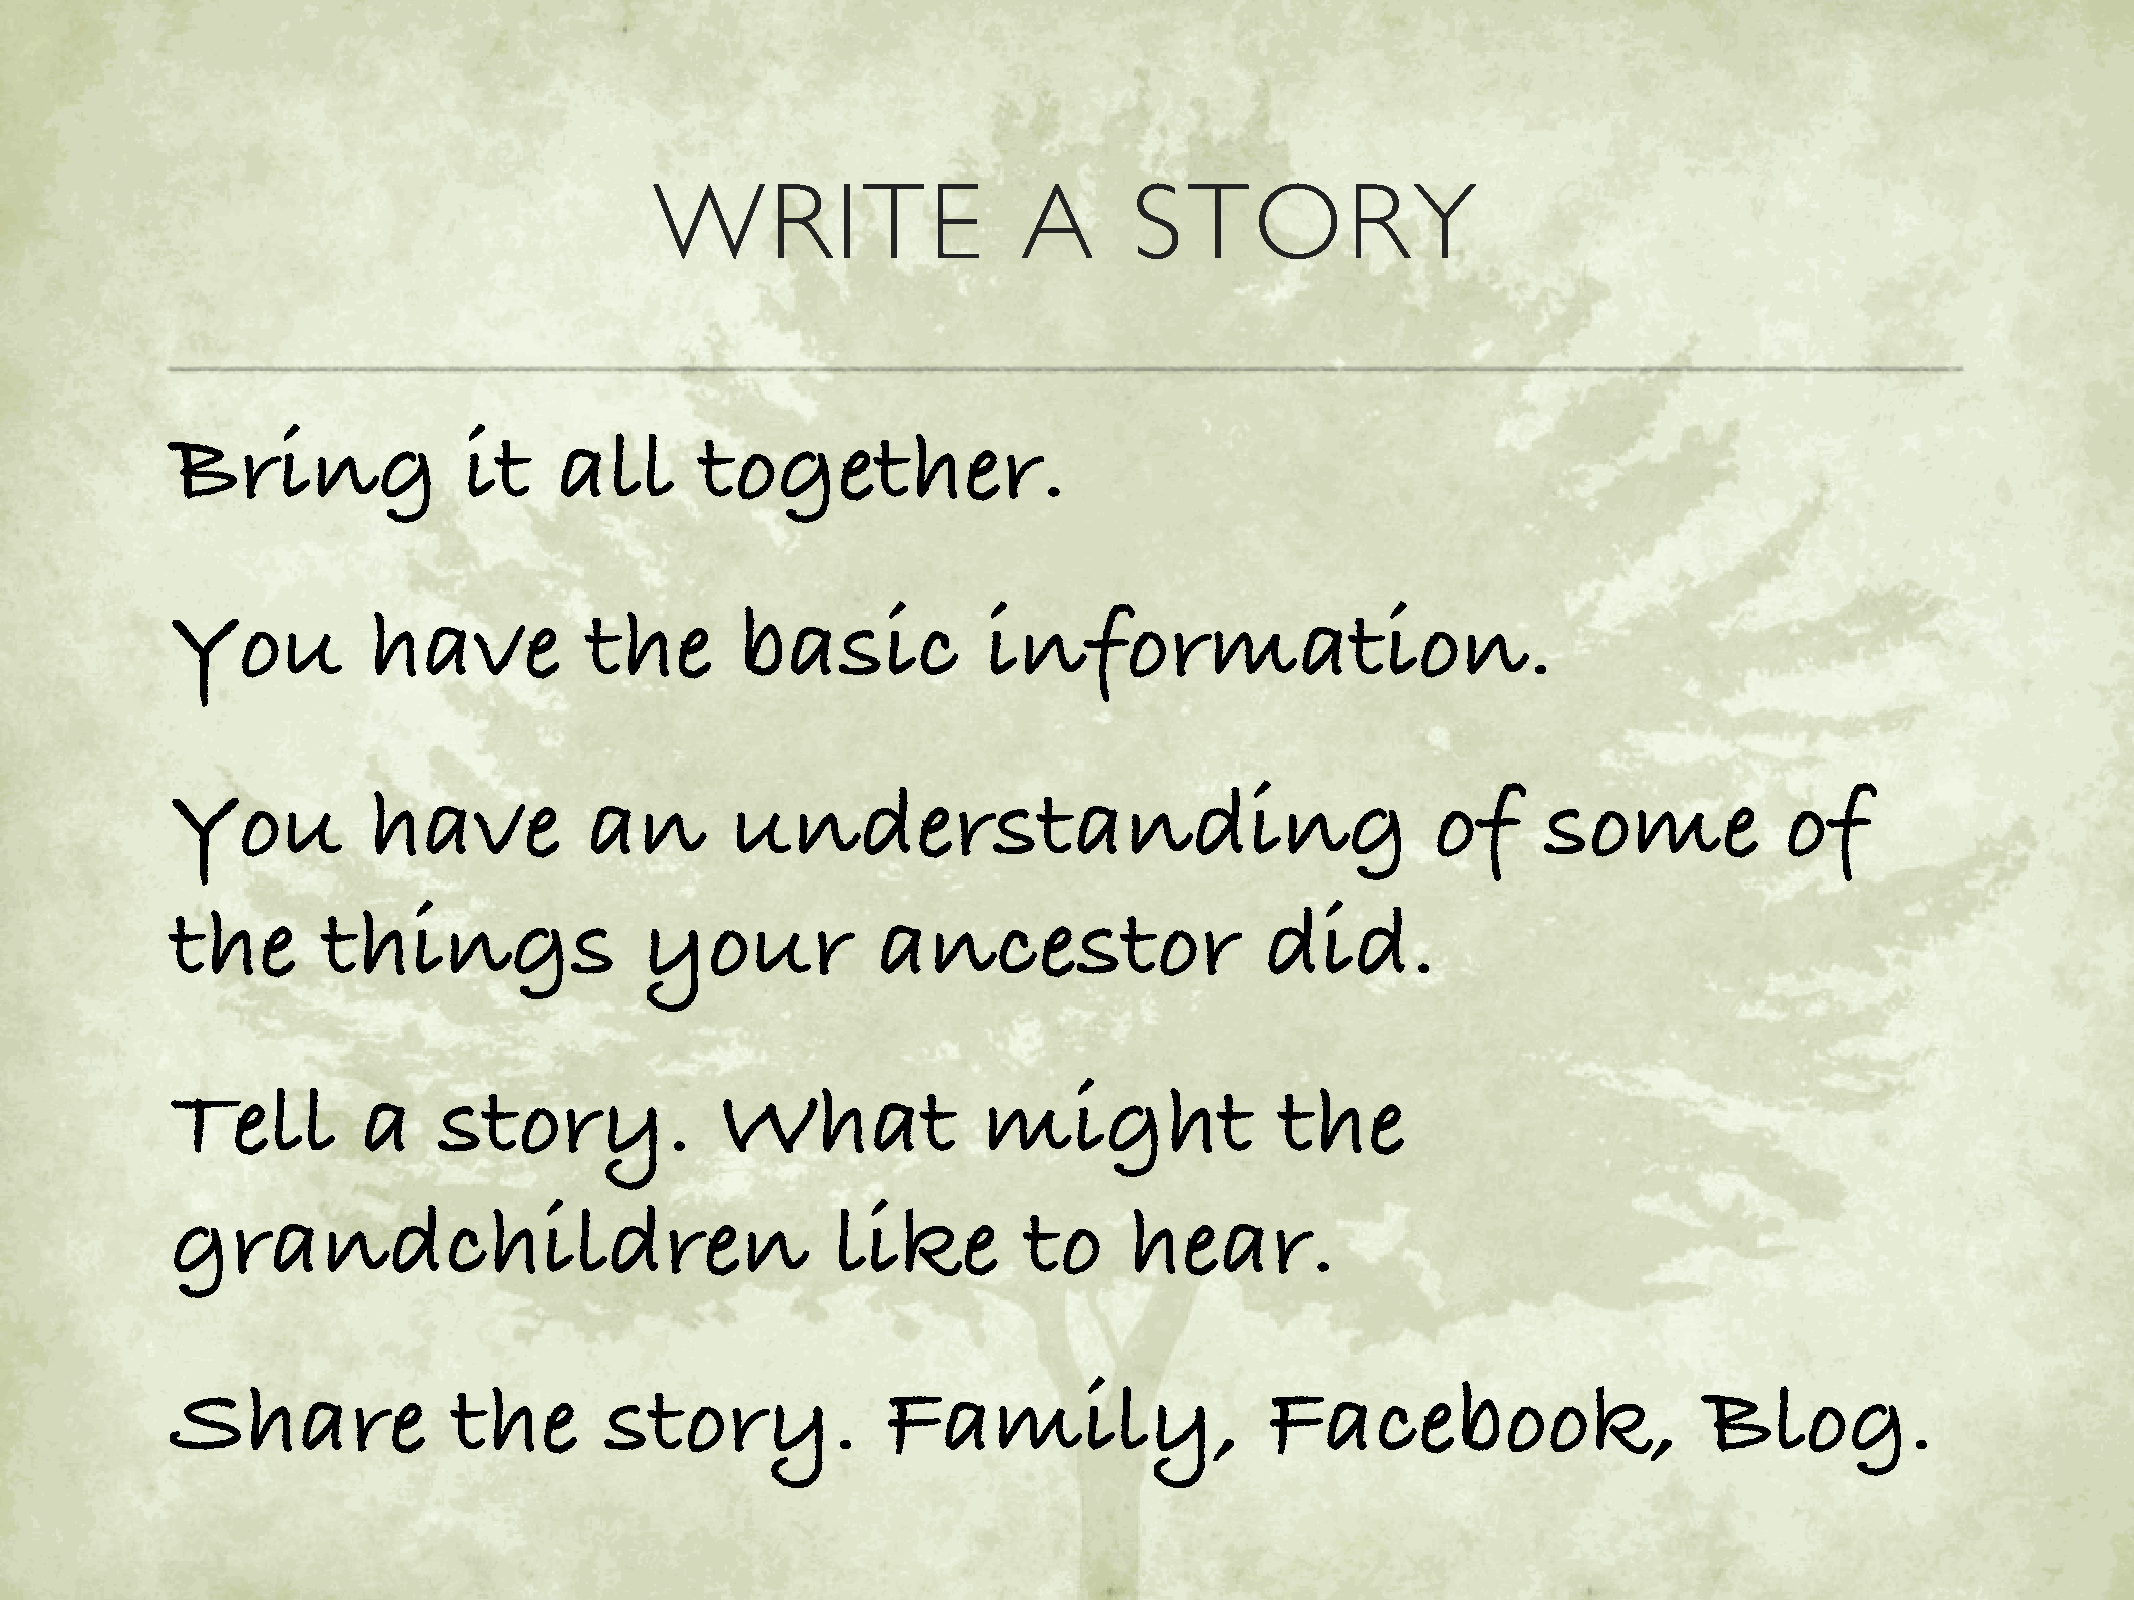
WRITE                    A      STORY
 Bring               it    all      together.
 You          have           the       basic           information.
 You          have           an       understanding                                  of     some            of
 the       things               your            ancestor                  did.
 Tell         a    story.             What             might               the
 grandchildren                               like         to     hear.
 Share              the       story.             Family,                  Facebook,                    Blog.